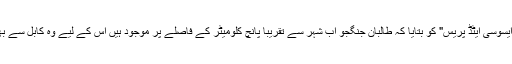
صوبائی ترجمان دوست محمد نایاب نے امریکی خبر رساں ایجنسی "ایسوسی ایٹڈ پریس" کو بتایا کہ طالبان جنگجو اب شہر سے تقریباً پانچ کلومیٹر کے فاصلے پر موجود ہیں اس کے لیے وہ کابل سے بھیجی گئی تازہ کمک اور امریکی فضائی مدد کے لیے شکرگزار ہیں۔